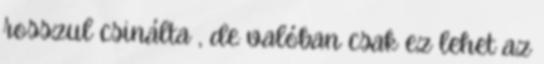
rosszul csinálta , de valóban csak ez lehet az